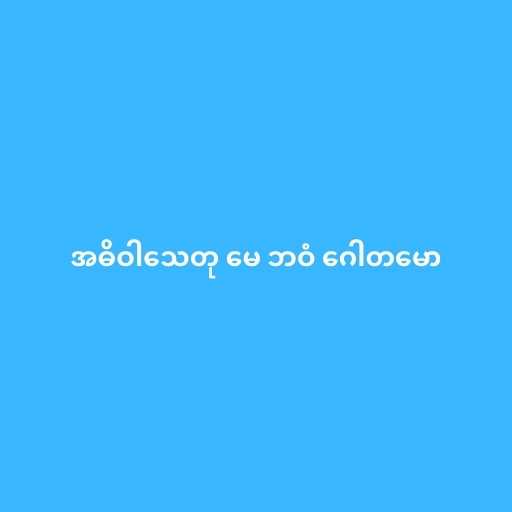
အဓိဝါသေတု မေ ဘဝံ ဂေါတမော